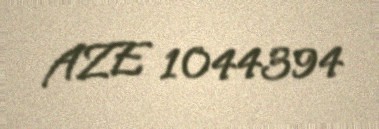
AZE 1044394